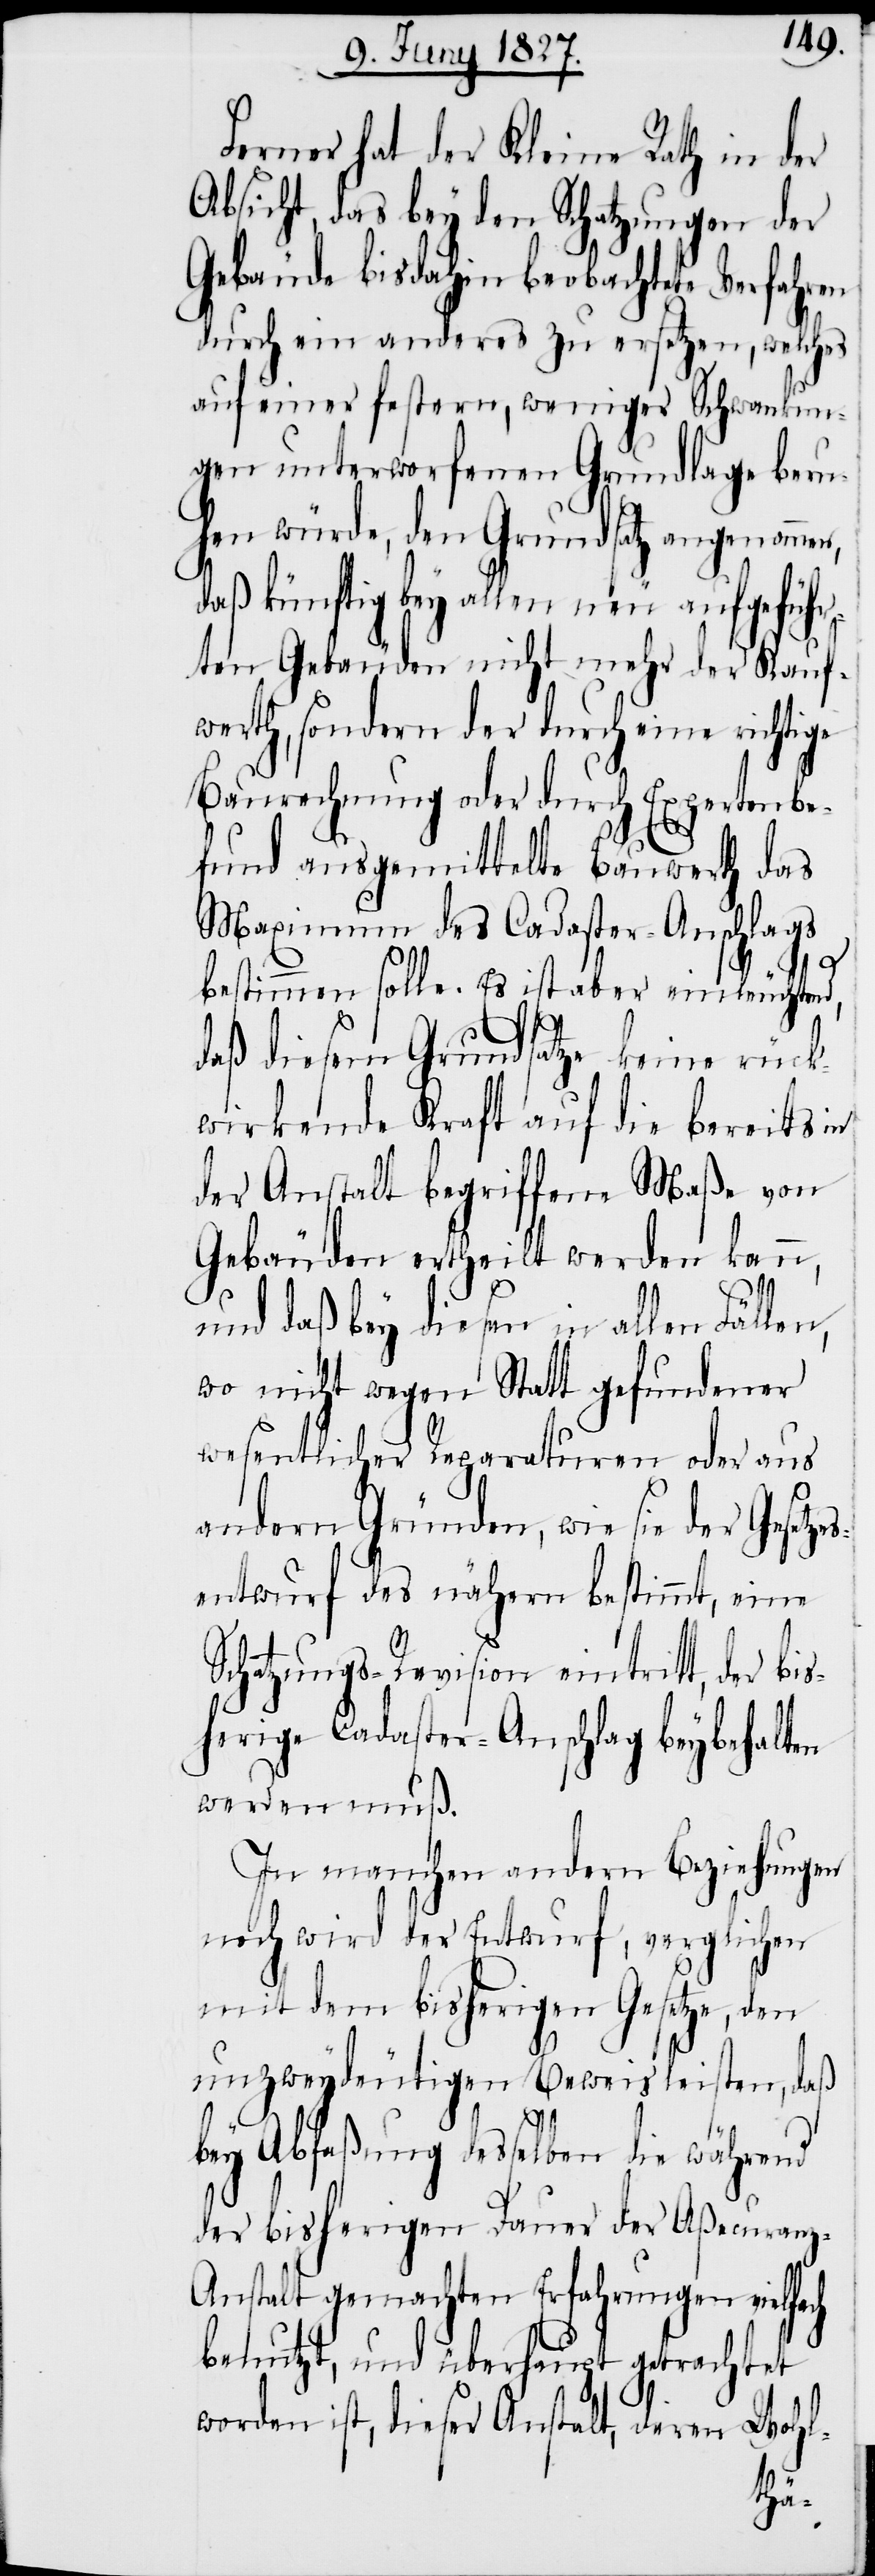
Ferner hat der Kleine Rath in der
Absicht, das bey den Schatzungen der
Gebäude bis dahin beobachtete Verfahren
durch ein anderes zu ersetzen, welches
auf einer festern, weniger Schwankun¬
gen unterworfenen Grundlage beru¬
hen würde, den Grundsatz angenommen,
daß künftig bey allen neu aufge¬
ten Gebäuden nicht mehr der Kauf¬
werth, sondern der durch eine richtige
Baurechnung oder durch
pertenbe¬
fund ausgemittelte Bauwerth das
Maximum das Cadaster-Anschlags
zes¬
bestimmen solle. Es ist aber einleuchtend,
daß diesem Grundsatze keine rü¬
wirkende Kraft auf die bereits
der Anstalt begriffene Ma¬
Gebäuden ertheilt werden kann,
und daß bey diesen in allen Fälle¬
wo nicht wegen Statt gefundener
wesentlicher Reparaturen oder aus
andern Gründen, wie sie der Geset¬
entwurf des nähern bestimmt, eine
Schatzungs-Revision eintritt, der bi¬
sherige Cadaster-Anschlag beybehalten
werden muß.
In manchen andern Beziehungen
noch wird der Entwurf, verglichen
mit dem bisherigen Gesetze, den
unzweydeutigen Beweis leisten, daß
der¬
bey Abfaßung desselben die während
der bisherigen Dauer der Aßecuran¬
z-Anstalt gemachten Erfahrungen vielfach
benutzt, und überhaupt getrachtet
worden ist, dieser Anstalt,
en Wohl-